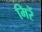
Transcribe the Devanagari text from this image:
मिरें